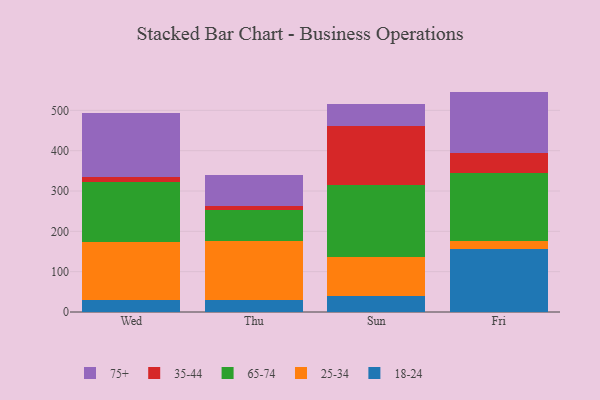
{"axis": {"x": "Day", "y": "Page Views"}, "legend": ["18-24", "25-34", "35-44", "65-74", "75+"], "data": [{"x": "Wed", "y": 29.9, "type": "18-24"}, {"x": "Wed", "y": 143.1, "type": "25-34"}, {"x": "Wed", "y": 150.0, "type": "65-74"}, {"x": "Wed", "y": 10.8, "type": "35-44"}, {"x": "Wed", "y": 158.8, "type": "75+"}, {"x": "Thu", "y": 29.5, "type": "18-24"}, {"x": "Thu", "y": 145.8, "type": "25-34"}, {"x": "Thu", "y": 77.1, "type": "65-74"}, {"x": "Thu", "y": 9.7, "type": "35-44"}, {"x": "Thu", "y": 76.5, "type": "75+"}, {"x": "Sun", "y": 40.0, "type": "18-24"}, {"x": "Sun", "y": 97.2, "type": "25-34"}, {"x": "Sun", "y": 176.6, "type": "65-74"}, {"x": "Sun", "y": 147.9, "type": "35-44"}, {"x": "Sun", "y": 54.4, "type": "75+"}, {"x": "Fri", "y": 156.2, "type": "18-24"}, {"x": "Fri", "y": 19.0, "type": "25-34"}, {"x": "Fri", "y": 169.7, "type": "65-74"}, {"x": "Fri", "y": 49.6, "type": "35-44"}, {"x": "Fri", "y": 152.0, "type": "75+"}]}